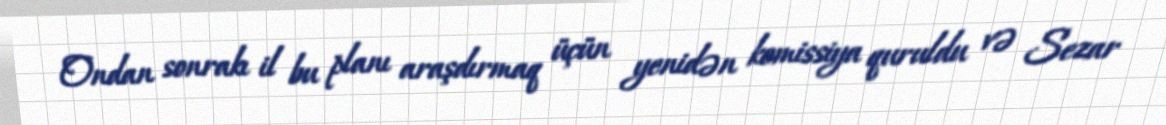
Ondan sonrakı il bu planı araşdırmaq üçün yenidən komissiya quruldu və Sezar